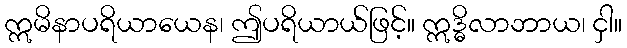
ဣမိနာပရိယာယေန၊ ဤပရိယာယ်ဖြင့်။ ဣဒ္ဓိလာဘာယ၊ ငှါ။